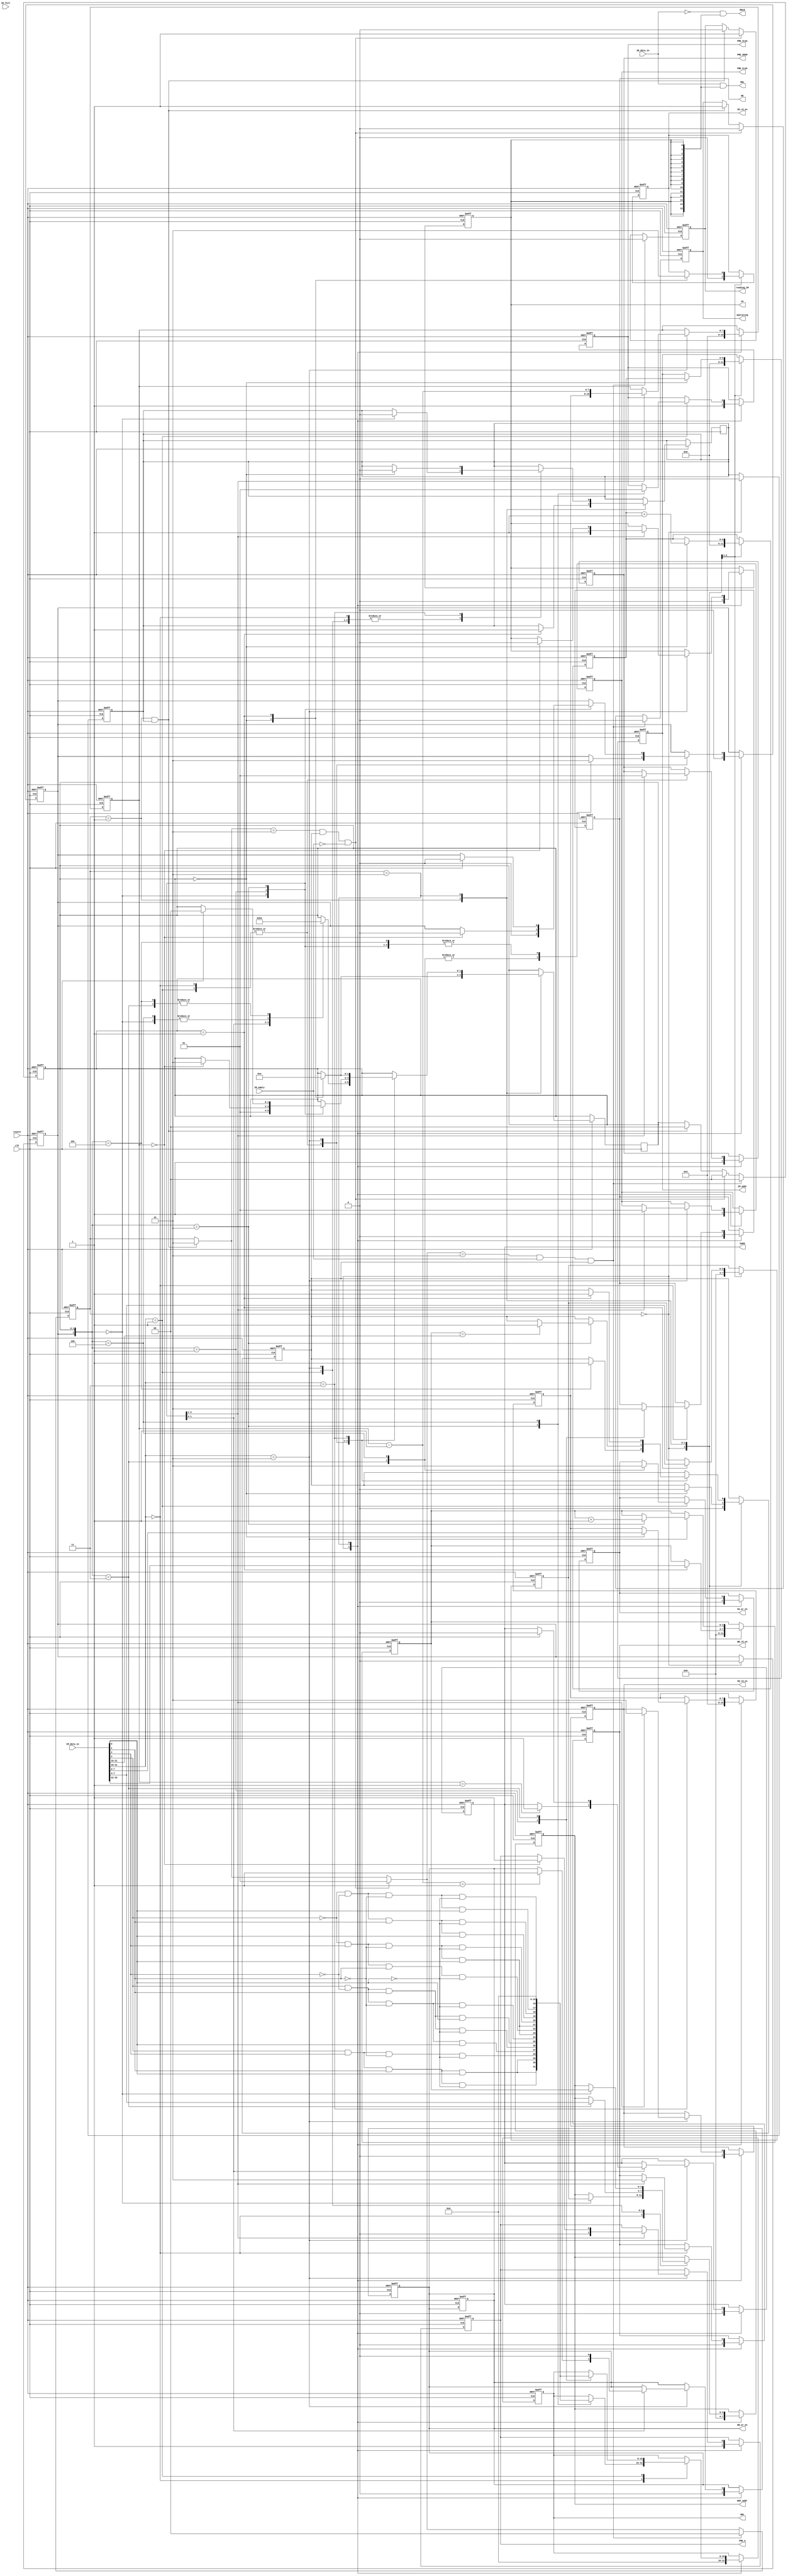
module controller_2 #(
	parameter WIDTH_IM = 32,
	parameter WIDTH_IB = 16,
	parameter WIDTH_OB = 16,
	parameter WIDTH_WB = 16,
	parameter WIDTH_IM_ADDR = 6,
	parameter WIDTH_BUF_ADDR = 4,
	parameter WWLD_WIDTH = 8,
	parameter MEM_ROW = 16,
	parameter ROW_ADDR_WIDTH = 4,			// Decoder (IM[3:0] --> WWL[15:0]) is hardcoded
	parameter TMUL_WIDTH = 8

)(
//	input trig,					//commented-28/11/22-Deepak
	input clk,
	input resetn,

	// Buffer Inputs
	input [WIDTH_IM-1:0] IM_data_in,
	input [WIDTH_IB-1:0] IB_data_in,

	// Buffer Addresses
	output reg [WIDTH_IM_ADDR-1 : 0] IM_addr,
	output reg [WIDTH_BUF_ADDR-1: 0] BUF_addr,

	// Buffer Controls
	output reg IM_rd_en, WB_rd_en, IB_rd_en, OB_wr_en, SA_wr_en,

	// Memory Controls
	output reg PRE_SRAM,
	output reg [MEM_ROW - 1 : 0] WWL,
	output reg WE,
	output reg PRE_VLSA, 
	output reg PRE_CLSA, 
	output reg PRE_A,
	output     [MEM_ROW - 1 : 0] RWL, 
	output     [MEM_ROW - 1 : 0] RWLB,
	output reg SAEN, 
	output reg en,					// RICHA : Added to time EN and VCLP During MAC.
	//output reg [WWLD_WIDTH-1:0]WWLD,		// RICHA : Throwing Error : To be Rectified 				
	input  IM_empty,
	input IM_full,
	output reg operating,
	output reg reading_IM
);
	
	reg [1:0] EXT_STATE;
	reg [1:0] INT_STATE;
	reg [WIDTH_IM_ADDR-1:0] cnt_IM;
	reg [WIDTH_BUF_ADDR-1:0] cnt_BUF;
	reg [WIDTH_BUF_ADDR-1:0] cnt_BUF_MAC;
	reg IM_reading_done, IM_executed;     // When IM Operation Done
	wire [2:0]opcode;
	assign opcode = IM_data_in[31:29];
	wire [ROW_ADDR_WIDTH-1:0] sram_row_addr;
	wire [MEM_ROW-1:0] w_wwl;
	assign sram_row_addr = IM_data_in[ROW_ADDR_WIDTH-1:0];
	reg I_1;   // Added to incorporate more states wherever required for waveforms

	reg [TMUL_WIDTH-1:0]cnt_tmul;
	reg [TMUL_WIDTH-1:0]t_mul;
	reg [31:0] dbg;
	reg [31:0] dbg_pos;
	reg [31:0] dbg_neg;
		


	// EXTERNAL STATES
	localparam IDLE      = 2'b00;
	localparam READ_IM   = 2'b01;
	localparam OPERATE   = 2'b10;

	// INTERNAL STATES
	// Write into SRAM
	localparam RD_BUF    = 3'b000;
        localparam WR_SRAM_0 = 3'b001;
	localparam WR_SRAM_1 = 3'b010;
	localparam WR_SRAM_2 = 3'b011;
	localparam WR_SRAM_3 = 3'b100;
	localparam WR_SRAM_4 = 3'b101;

	// Read SRAM
	localparam RD_SRAM_0 = 3'b000;
	localparam RD_SRAM_1 = 3'b001;
	localparam RD_SRAM_2 = 3'b010;
	localparam RD_SRAM_3 = 3'b011;
	localparam RD_SRAM_4 = 3'b100;
	localparam RD_SRAM_5 = 3'b101;

	// MAC
	localparam MAC_0     = 3'b000;
	localparam MAC_1     = 3'b001;
	localparam MAC_2     = 3'b010;
	localparam MAC_3     = 3'b011;

	

	//==========================================
	// Decoder for IM[row_addr] --> WWL
	//==========================================
	
	assign w_wwl[0]  = (~(sram_row_addr[3])) & (~(sram_row_addr[2])) & (~(sram_row_addr[1])) & (~(sram_row_addr[0]));
	assign w_wwl[1]  = (~(sram_row_addr[3])) & (~(sram_row_addr[2])) & (~(sram_row_addr[1])) & ( (sram_row_addr[0]));
	assign w_wwl[2]  = (~(sram_row_addr[3])) & (~(sram_row_addr[2])) & ( (sram_row_addr[1])) & (~(sram_row_addr[0]));
	assign w_wwl[3]  = (~(sram_row_addr[3])) & (~(sram_row_addr[2])) & ( (sram_row_addr[1])) & ( (sram_row_addr[0]));
	assign w_wwl[4]  = (~(sram_row_addr[3])) & ( (sram_row_addr[2])) & (~(sram_row_addr[1])) & (~(sram_row_addr[0]));
	assign w_wwl[5]  = (~(sram_row_addr[3])) & ( (sram_row_addr[2])) & (~(sram_row_addr[1])) & ( (sram_row_addr[0]));
	assign w_wwl[6]  = (~(sram_row_addr[3])) & ( (sram_row_addr[2])) & ( (sram_row_addr[1])) & (~(sram_row_addr[0]));
	assign w_wwl[7]  = (~(sram_row_addr[3])) & ( (sram_row_addr[2])) & (~(sram_row_addr[1])) & ( (sram_row_addr[0]));
	assign w_wwl[8]  = ( (sram_row_addr[3])) & (~(sram_row_addr[2])) & (~(sram_row_addr[1])) & (~(sram_row_addr[0]));
	assign w_wwl[9]  = ( (sram_row_addr[3])) & (~(sram_row_addr[2])) & ( (sram_row_addr[1])) & ( (sram_row_addr[0]));
	assign w_wwl[10] = ( (sram_row_addr[3])) & (~(sram_row_addr[2])) & ( (sram_row_addr[1])) & (~(sram_row_addr[0]));
	assign w_wwl[11] = ( (sram_row_addr[3])) & (~(sram_row_addr[2])) & (~(sram_row_addr[1])) & ( (sram_row_addr[0]));
	assign w_wwl[12] = ( (sram_row_addr[3])) & ( (sram_row_addr[2])) & (~(sram_row_addr[1])) & (~(sram_row_addr[0]));
	assign w_wwl[13] = ( (sram_row_addr[3])) & ( (sram_row_addr[2])) & ( (sram_row_addr[1])) & ( (sram_row_addr[0]));
	assign w_wwl[14] = ( (sram_row_addr[3])) & ( (sram_row_addr[2])) & ( (sram_row_addr[1])) & (~(sram_row_addr[0]));
	assign w_wwl[15] = ( (sram_row_addr[3])) & ( (sram_row_addr[2])) & ( (sram_row_addr[1])) & ( (sram_row_addr[0]));


	//==========================================
	// Assign For RWL and RWLB, else clock 
	// latency arrives when reg.
	// =========================================
	
	assign RWL = IB_data_in & {MEM_ROW{en}};
	assign RWLB = ~IB_data_in & {MEM_ROW{en}};
//	assign BUF_addr = {WIDTH_IM_ADDR{1'b0}};			// RICHA : COMMENTING IM_ADDR TO SEE WHERE THE SYNTHESIS IS FAILING.
//	assign IM_addr = {WIDTH_IM_ADDR{1'b0}};			// RICHA : COMMENTING IM_ADDR TO SEE WHERE THE SYNTHESIS IS FAILING.

	//==========================================
	// EXTERNAL FSM
	//__________________________________________
	// STATES : IDLE --> READ_IM --> OPERATE
	// 			     <--
	// 		<---------------
	//__________________________________________

	always @(posedge clk or negedge resetn)
	begin
		if(!resetn)
		begin
			dbg = 32'd0;
			EXT_STATE = IDLE;
			operating = 1'b0;
			INT_STATE = 2'b00;
			reading_IM = 1'b0;
		end
		else
		begin
			if(IM_empty==0 && EXT_STATE == IDLE)					// IDLE --> READ_IM
			begin
				EXT_STATE <= READ_IM;
				reading_IM <= 1'b1;
				dbg = 32'd1;
			end
			if(EXT_STATE == READ_IM && IM_reading_done == 1)			// IM_READ --> OPERATE
			begin
				EXT_STATE = OPERATE;
				operating = 1'b1;
				INT_STATE = 2'b00;
				reading_IM = 0;
				dbg = 32'd2;
			end
			if(EXT_STATE == OPERATE && IM_executed == 1 && IM_empty == 0)		// OPERATE --> READ_IM
			begin
				EXT_STATE = READ_IM;
				operating = 1'b0;
				INT_STATE = 2'b00;
				reading_IM = 1'b1;
				dbg = 32'd3;
			end
			if(EXT_STATE == OPERATE && IM_empty == 1 && IM_executed == 1)		// OPERATE --> IDLE
			begin
				EXT_STATE = IDLE;
				INT_STATE = 2'b00;
				operating = 1'b0;
				reading_IM = 1'b0;
				dbg = 32'd4;
			end
		end
	end

	//==========================================
	// INTERNAL FSM
	//__________________________________________
	// STATES : 0 --> 1 --> 2 --> 3
	// 	      <--------------
	//__________________________________________

	
	always @(posedge clk or negedge resetn)
	begin
		if(!resetn)
		begin
			OB_wr_en = 0;

			
			PRE_SRAM = 1'b1;					// RICHA : PRE_SRAM set to 1'b1 instead of 1'bz at reset.
			WWL = {MEM_ROW{1'b0}};
			WE = 1'b0;
			PRE_VLSA = 1'b1;
			PRE_CLSA = 1'b1;
			PRE_A = 1'b1;
			SAEN = 1'b0;
			//WWLD = {WWLD_WIDTH{1'b0}};
			dbg_pos = 32'd0;
			IM_reading_done = 1'b0;
			I_1 = 0;

			en = 1'b0;
		end
		else 
		begin
			case(EXT_STATE)
				IDLE:
				begin
					PRE_SRAM = 1'b1;					// RICHA : PRE_SRAM set to 1'b1 instead of 1'bz at reset.
					WWL = {MEM_ROW{1'b0}};					// RICHA : States to reset at IDLE as well. 
					WE = 1'b0;
					PRE_VLSA = 1'b1;
					PRE_CLSA = 1'b1;
					PRE_A = 1'b1;
					SAEN = 1'b0;
					//WWLD = {WWLD_WIDTH{1'b0}};
					dbg_pos = 32'd0;
					IM_reading_done = 1'b0;
					I_1 = 0;

					en = 1'b0;
				end
				
				//~~~~~~~~~~~~~~~~~~~~~~~~~~
				// READ IM
				//~~~~~~~~~~~~~~~~~~~~~~~~~~
				
				READ_IM:
				begin

				case(INT_STATE)
					2'b00:
					begin
							INT_STATE = 2'b01;
							dbg_pos <= 32'd1;
					end
					2'b01:
					begin

							INT_STATE = 2'b00;
							dbg_pos <= 32'd2;
					end
				endcase
				end
				
				
				//~~~~~~~~~~~~~~~~~~~~~~~~~~
				// EXECUTE
				//~~~~~~~~~~~~~~~~~~~~~~~~~~
		
				OPERATE:
				begin
					case(opcode)
						
						
						//~~~~~~~~~~~~~~~~~~~~~~~~~~
						// Write WEIGHT
						//~~~~~~~~~~~~~~~~~~~~~~~~~~
						3'b000:
						begin		
							case({I_1,INT_STATE})
								RD_BUF:
								begin
									PRE_SRAM = 1'b0;
									{I_1,INT_STATE} = WR_SRAM_0;
									dbg_pos = 32'd3;
								end
								
								WR_SRAM_0:
								begin
									PRE_SRAM = 1'b1;
									WE = 1'b1;
									{I_1, INT_STATE} = WR_SRAM_1;
									dbg_pos = 32'd4;
								end
								WR_SRAM_1:
								begin
									WWL = w_wwl;
									{I_1,INT_STATE} = WR_SRAM_2;
									dbg_pos = 32'd5;
								end
								WR_SRAM_2:
								begin
									WE = 1'b0;
									{I_1,INT_STATE} = WR_SRAM_3;
									dbg_pos = 32'd6;
								end
								WR_SRAM_3:
								begin
									WWL = 0;
									dbg_pos = 32'd7;
									{I_1, INT_STATE} = WR_SRAM_4;
								end
								WR_SRAM_4:
								begin
									{I_1,INT_STATE} = 3'b000;
									dbg_pos = 32'd21;

								end
							endcase
						end
		
						//~~~~~~~~~~~~~~~~~~~~~~~
						// Read Weight SRAM Array
						//~~~~~~~~~~~~~~~~~~~~~~~
						3'b001:
						begin
							case({I_1, INT_STATE})
								RD_SRAM_0:
								begin
												
									PRE_SRAM = 1'b0;
									{I_1, INT_STATE} = 3'b001;
									dbg_pos = 32'd9;
								end
								RD_SRAM_1:
								begin
									PRE_SRAM = 1'b1;
									WWL = w_wwl;
									{I_1, INT_STATE} = 3'b010;
									dbg_pos = 32'd10;
								end
								RD_SRAM_2:
								begin
									PRE_VLSA = 1'b0;
									{I_1, INT_STATE} = 3'b011;

									dbg_pos = 32'd11;
								end
								RD_SRAM_3:
								begin
									WWL  = 0;
									{I_1, INT_STATE} = RD_SRAM_4;
									dbg_pos = 32'd12;
								end
								RD_SRAM_4:
								begin
									PRE_VLSA  = 1'b1;
									{I_1, INT_STATE} = RD_SRAM_5;
									dbg_pos = 32'd13;
								end
								RD_SRAM_5:
									{I_1, INT_STATE} = 3'b000;

							endcase
						end


						//~~~~~~~~~~~~~~~~~~~~~~~
						// MAC
						//~~~~~~~~~~~~~~~~~~~~~~~
						3'b010:
						begin
							case({I_1, INT_STATE})
								MAC_0:
								begin
												
									PRE_A = 1'b0;
									en = 1'b1;
									{I_1, INT_STATE} = 3'b001;
									PRE_CLSA = 1'b0;
									dbg_pos = 32'd14;
								end
								MAC_1:
								begin
									PRE_CLSA = 1'b1;
									dbg_pos = 32'd15;
									if(t_mul == 1)
									begin
										dbg_pos = 32'd16;
										SAEN = 1'b1;

									end
									if(t_mul == 0)
									begin
										dbg_pos = 32'd17;
										{I_1, INT_STATE} = MAC_2;
										PRE_A = 1'b1;
										en = 1'b0;

									end
								end
									
								MAC_2:
								begin
									if(clk)
									begin
										dbg_pos = 32'd18;
										SAEN = 1'b0;
										{I_1, INT_STATE} = 3'b000;
									end

								end
							endcase
						end
						3'b011:
						begin
							case (INT_STATE)
								2'b00:
								begin	
									dbg_pos = 32'd19;
									INT_STATE = 2'b01;

								end
								2'b01:
								begin
									dbg_pos = 32'd20;
									INT_STATE = 2'b00;
								end
							endcase
						end

					endcase
				end
			endcase
		end
	end
	


	always @(negedge clk or negedge resetn)
	begin
		if(!resetn)
										// RICHA
									// : EXT_STATE
									// Condition
									// removed.
		begin
			IM_rd_en = 0;
			IB_rd_en = 0;
			WB_rd_en = 0;
			SA_wr_en = 0;
			OB_wr_en = 0;

			IM_addr = {WIDTH_IM_ADDR{1'b0}};			// Making high z to 0. Shouldnt affect anything
			BUF_addr = {WIDTH_BUF_ADDR{1'b0}};
			//WWLD = {WWLD_WIDTH{1'b0}};

			cnt_BUF = 0;
			I_1 = 0;
			cnt_IM = 0;
			cnt_BUF_MAC = 0;

			IM_executed = 1'b0; 			
			cnt_tmul = 8'd3;					// RICHA : Hardcoded t_mul width.
			t_mul = 8'd3;						// RICHA : Hardcoded t_mul width.
			dbg_neg = 32'd0;
		end
		//~~~~~~~~~~~~~~~~~~~~~~~~~~
		// READ IM
		//~~~~~~~~~~~~~~~~~~~~~~~~~~
		else 
		begin
			case(EXT_STATE)
				IDLE:
				begin
					IM_rd_en = 0;
					IB_rd_en = 0;
					WB_rd_en = 0;
					SA_wr_en = 0;
					OB_wr_en = 0;

					IM_addr = {WIDTH_IM_ADDR{1'b0}};			// Making high z to 0. Shouldnt affect anything
					BUF_addr = {WIDTH_BUF_ADDR{1'b0}};
					//WWLD = {WWLD_WIDTH{1'b0}};

					cnt_BUF = 0;
					I_1 = 0;
					cnt_IM = 0;
					cnt_BUF_MAC = 0;

					IM_executed = 1'b0; 			
					cnt_tmul = 8'd3;					// RICHA : Hardcoded t_mul width.
					t_mul = 8'd3;						// RICHA : Hardcoded t_mul width.
					dbg_neg = 32'd0;	
				end

				READ_IM:
				begin

				case(INT_STATE)
					2'b00:
					begin
						IM_rd_en = 1'b1;
						IM_addr = cnt_IM;
						IM_executed = 1'b0; 			// carries from last cycle of operating
						cnt_IM ++;
						dbg_neg = 32'd1;
					end
					2'b01:
					begin
						IM_rd_en = 1'b0;
						cnt_BUF = IM_data_in[7:4];		// RICHA : Weight Depth kept at 16. Need to change this when changing depth. 
						IM_reading_done = 1'b1;
						cnt_BUF_MAC = IM_data_in[27:22];
						dbg_neg = 32'd2;


					end
				endcase
				end
				
				
				//~~~~~~~~~~~~~~~~~~~~~~~~~~
				// EXECUTE
				//~~~~~~~~~~~~~~~~~~~~~~~~~~
		
				OPERATE:
				begin
					case(opcode)
						
						
						//~~~~~~~~~~~~~~~~~~~~~~~~~~
						// Write WEIGHT
						//~~~~~~~~~~~~~~~~~~~~~~~~~~
						3'b000:
						begin		
							case({I_1,INT_STATE})
								RD_BUF:
								begin
									IM_reading_done = 1'b0;
									WB_rd_en = 1'b1;
									BUF_addr = cnt_BUF;
									dbg_neg = 32'd3;
								end
								
								WR_SRAM_0:
								begin
									dbg_neg = 32'd4;
									WB_rd_en = 1'b0;
								end
								WR_SRAM_3:
								begin
									dbg_neg = 32'd5;

								end
								WR_SRAM_4:
								begin
									IM_executed = 1'b1;
									dbg_neg = 32'd23;
								end
									
							endcase
						end
		
						//~~~~~~~~~~~~~~~~~~~~~~~
						// Read Weight SRAM Array
						//~~~~~~~~~~~~~~~~~~~~~~~
						3'b001:
						begin
							case({I_1, INT_STATE})
								RD_SRAM_0:
								begin
												
									IM_reading_done = 1'b0;
									dbg_neg = 32'd6;
								end
								RD_SRAM_3:
								begin
									SA_wr_en  = 1'b1;
									BUF_addr = IM_data_in[7:4];
									dbg_neg = 32'd7;
								end
								RD_SRAM_4:
								begin
									SA_wr_en = 1'b0;
									dbg_neg = 32'd8;
								end
								RD_SRAM_5:
									IM_executed = 1'b1;



							endcase
						end


						//~~~~~~~~~~~~~~~~~~~~~~~
						// MAC
						//~~~~~~~~~~~~~~~~~~~~~~~
						3'b010:
						begin
							case({I_1, INT_STATE})
								MAC_0:
								begin
												
									IM_reading_done = 1'b0;
									IB_rd_en = 1'b1;
									BUF_addr = cnt_BUF_MAC;	
									t_mul = cnt_tmul;
									dbg_neg = 32'd9;
								end
								MAC_1:
								begin
									t_mul--;
									dbg_neg = 32'd10;
									IB_rd_en = 1'b0;
									if(t_mul == 1)
									begin
										dbg_neg = 32'd11;
										OB_wr_en = 1'b1;
									end
									
									
								end
								MAC_2:
								begin
									dbg_neg = 32'd12;
									OB_wr_en  = 1'b0;
									if(cnt_BUF_MAC == IM_data_in[21:16]) 			// RICHA : Hardcoded as per ISA
									begin
										dbg_neg = 32'd13;
										IM_executed = 1'b1;
									end
									cnt_BUF_MAC++; 			// Address of OB the result written into = address of IB. BUF_addr remains same despite increment in cnt_BUF

								end
							endcase
						end
						

						3'b011:
						begin
							case(INT_STATE)
								2'b00:
								begin
									dbg_neg = 32'd14;
									IM_reading_done = 1'b0;
									cnt_tmul = IM_data_in[7:0];				// RICHA : Hardcoded as per ISA
									
								end
								2'b01: 
								begin
									IM_executed = 1'b1;
									dbg_neg = 32'd15;
								end

							endcase
						end


					endcase
				end
			endcase
		end
	end

	endmodule